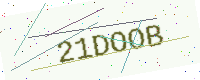
Text: 21DOOB